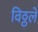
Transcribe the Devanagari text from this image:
विठ्ठलें